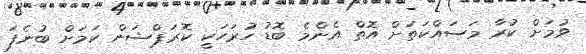
ވުމަށް ކުރާ މަސައްކަތަށް އޮތް އެންމެ ބޮޑު ހުރަހަކީ ކޮރަޕްޝަން ކަމަށް ބުނެފަ